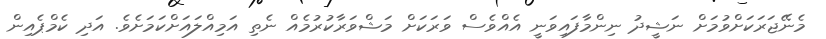
މެނޭޖަރަކަށްވުމަށް ނަޝީދު ނިންމާފައިވަނީ އެއްވެސް ވަރަކަށް މަޝްވަރާކުރުމެއް ނެތި އަމިއްލައަށްކަމަށެވެ. އަދި ކެމްޕެއިން